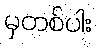
မှတစ်ပါး